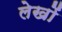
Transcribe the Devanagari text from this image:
लेखोंं